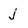
Character: j